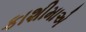
કાશીમાએ